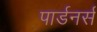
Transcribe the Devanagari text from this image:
पार्डनर्स